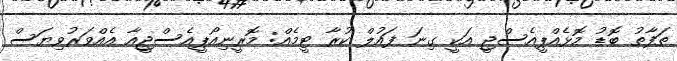
ތަފާތު ބޮޑު މޮޅެއްޕީއެސްޖީ އަކީ ގިނަ ފައުލް ކުރާ ޓީމެއް: މޮރީނިއޯޕީއެސްޖީއާ އެއްވަރުވިޔަސް